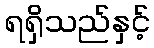
ရရှိသည်နှင့်